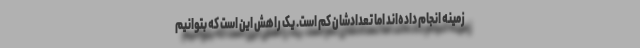
زمینه انجام داده‌اند اما تعدادشان کم است. یک راهش این است که بتوانیم